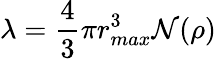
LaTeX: \lambda=\frac{4}{3}\pi r_{max}^{3}\mathcal{N}(\rho)